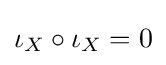
\iota _{X}\circ \iota _{X}=0